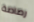
رصاصة